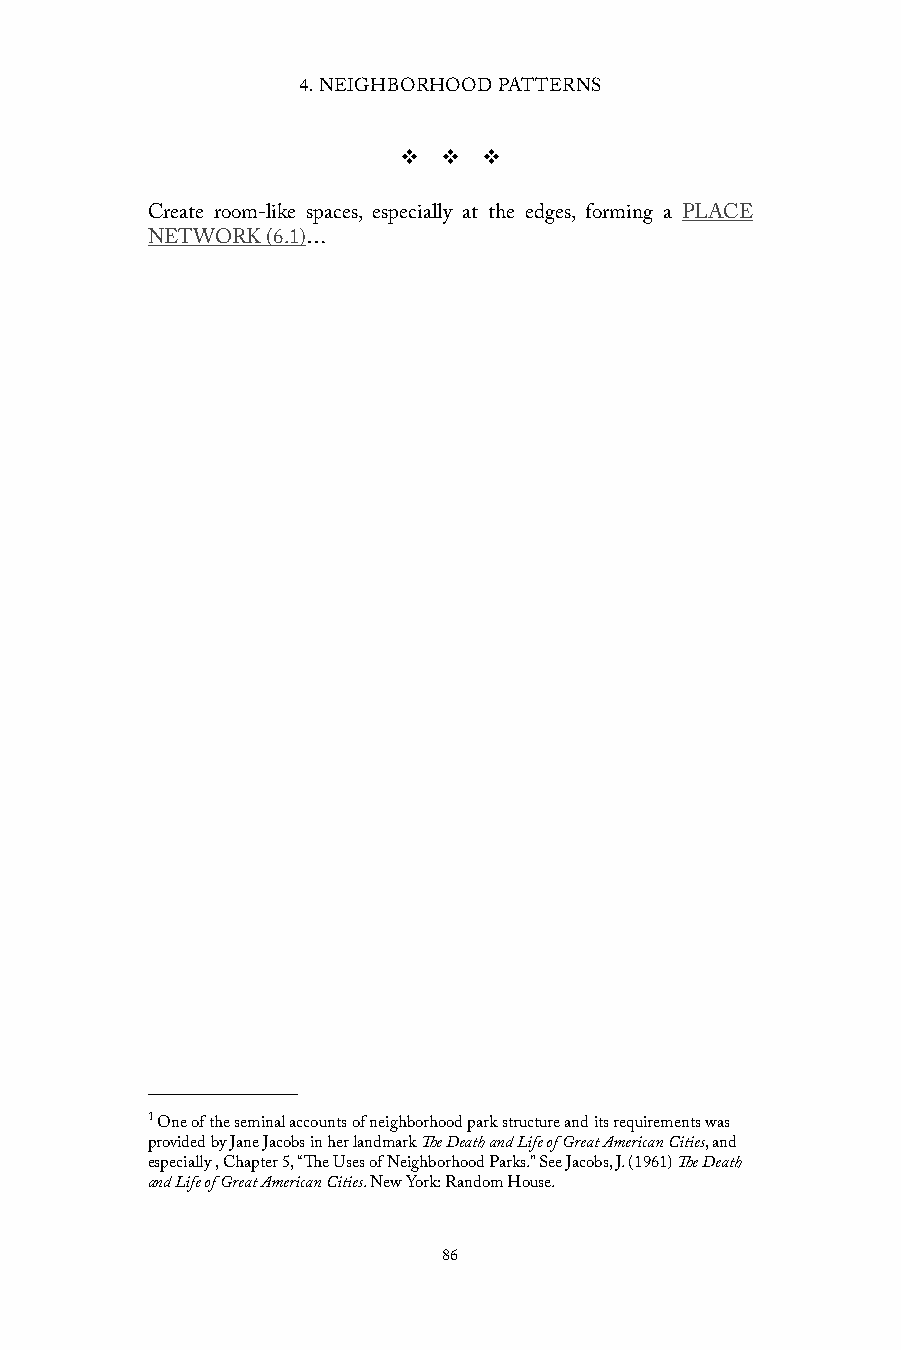
4. NEIGHBORHOOD PATTERNS
 v  v  v
 Create room-like spaces, especially at the edges, forming a PLACE
 NETWORK (6.1)…
 1 One of the seminal accounts of neighborhood park structure and its requirements was
 provided by Jane Jacobs in her landmark The Death and Life of Great American Cities, and
 especially , Chapter 5, “The Uses of Neighborhood Parks.” See Jacobs, J. (1961) The Death
 and Life of Great American Cities. New York: Random House.
 86